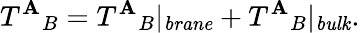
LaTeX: T^{\mathbf{A}}{}_{B}=T^{\mathbf{A}}{}_{B}|_{\mathit{{brane}}}+T^{\mathbf{A}}{}_{B}|_{\mathit{{bulk}}}.